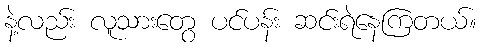
နဲ့လည်း လူသားတွေ ပင်ပန်း ဆင်းရဲနေကြတယ်။